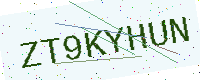
Text: ZT9KYHUN